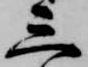
三